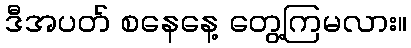
ဒီအပတ် စနေနေ့ တွေ့ကြမလား။